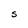
Character: S